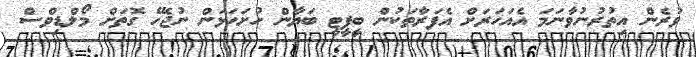
ވުރެން އިތުރުނުވާނަމަ އެއަހަރަށް އެފަރާތަކުން ބީޕީޓީ ބަޔާން ހުށަހަޅަން ނުޖެހޭ ގޮތަށް މޯލްޑިވްސް